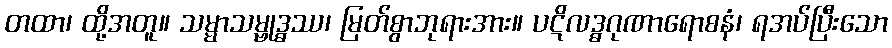
တထာ၊ ထို့အတူ။ သမ္မာသမ္ဗုဒ္ဓဿ၊ မြတ်စွာဘုရားအား။ ပဋိလဒ္ဓဂုဏာရောစနံ၊ ရအပ်ပြီးသော